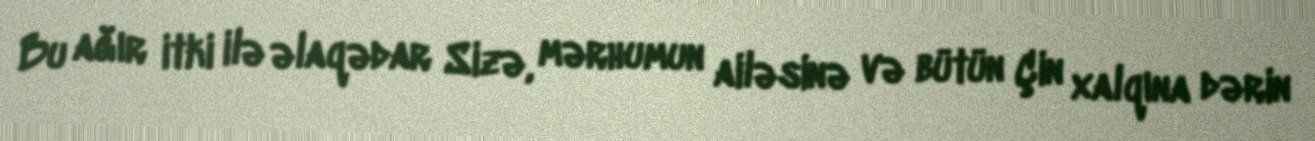
Bu ağır itki ilə əlaqədar Sizə, mərhumun ailəsinə və bütün Çin xalqına dərin